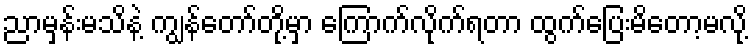
ညာမှန်းမသိနဲ့ ကျွန်တော်တို့မှာ ကြောက်လိုက်ရတာ ထွက်ပြေးမိတော့မလို့